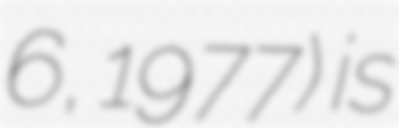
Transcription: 6, 1977) is